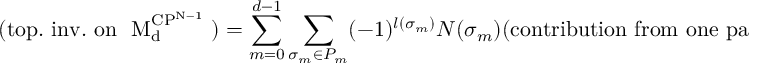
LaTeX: ( \mathrm { t o p . ~ i n v . ~ o n ~ { \cal ~ M } _ { d } ^ { C P ^ { N - 1 } } ~ } ) = \sum _ { m = 0 } ^ { d - 1 } \sum _ { \sigma _ { m } \in P _ { m } } ( - 1 ) ^ { l ( \sigma _ { m } ) } N ( \sigma _ { m } ) ( \mathrm { c o n t r i b u t i o n ~ f r o m ~ o n e ~ p a i r ~ l a b e l e d ~ b y ~ \ s i g m a _ { m } ~ } ) .